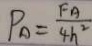
P _ { A } = \frac { F A } { 4 h ^ { 2 } }